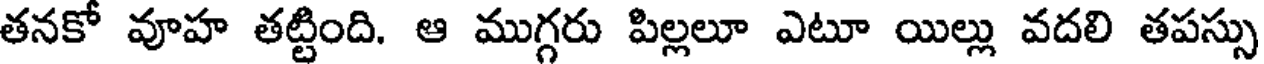
తనకో వూహ తట్టింది. ఆ ముగ్గరు పిల్లలూ ఎటూ యిల్లు వదలి తపస్సు